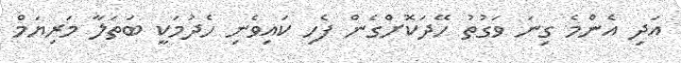
އަދި އެންމެ ގިނަ ވަގުތު ހޭދަކޮށްގެން ފެހި ކައިވެނި ހެދުމަކީ ބަތަލާ މަރިޔަމް